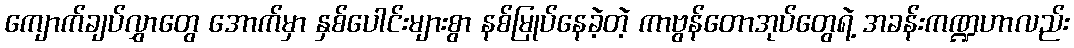
ကျောက်ချပ်လွှာတွေ အောက်မှာ နှစ်ပေါင်းများစွာ နစ်မြုပ်နေခဲ့တဲ့ ကာဗွန်တောအုပ်တွေရဲ့ အခန်းကဏ္ဍဟာလည်း